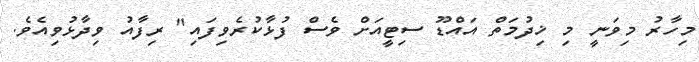
މިހާރު މިވަނީ މި ޚިދުމަތް އައްޑޫ ސިޓީއަށް ވެސް ފުޅާކުރެވިފައި" ރިފާއު ވިދާޅުވިއެވެ.